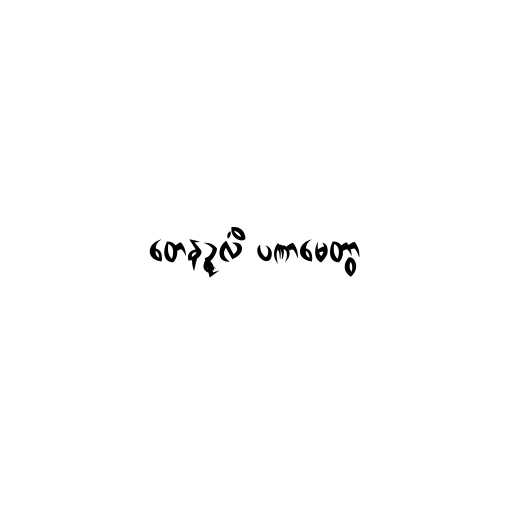
တေနဉ္ဇလိံ ပဏာမေတွာ